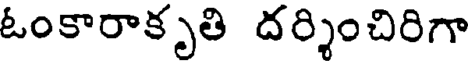
ఓంకారాకృతి దర్శించిరిగా